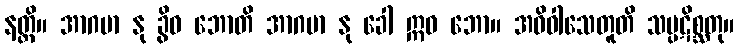
နတ္ထိ။ အာဂမာ နု ခွိဓ ဘောတိ အာဂမာ နု ခေါ ဣဓ ဘော။ အဓိဝါသေတူတိ သမ္ပဋိစ္ဆတု။